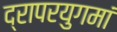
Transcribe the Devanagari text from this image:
द्रापरयुगमां